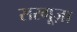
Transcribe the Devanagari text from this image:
सरगूज़ा